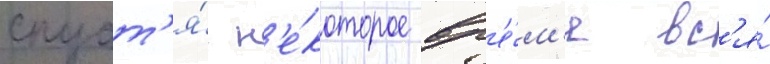
спуст'я́ н'е́которое вр'е́м'я вс'я́